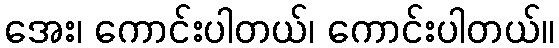
အေး၊ ကောင်းပါတယ်၊ ကောင်းပါတယ်။